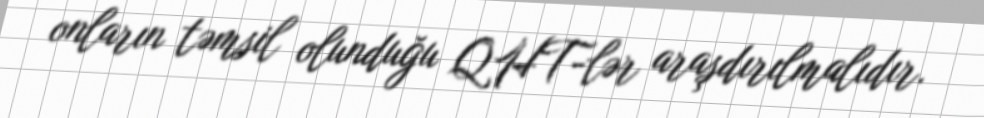
onların təmsil olunduğu QHT-lər araşdırılmalıdır.